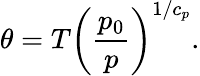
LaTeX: \theta=T\bigg({\frac{p_{0}}{p}}\bigg)^{1/c_{p}}.